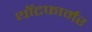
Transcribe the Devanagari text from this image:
थॉटफार्मर